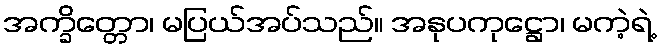
အက္ခိတ္တော၊ မပြယ်အပ်သည်။ အနုပကုဋ္ဌော၊ မကဲ့ရဲ့